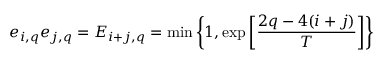
e _ { i , q } e _ { j , q } = E _ { i + j , q } = \operatorname* { m i n } \left\{ 1 , \exp \left[ \frac { 2 q - 4 ( i + j ) } { T } \right] \right\}